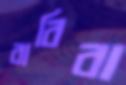
বাবিবা